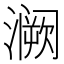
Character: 𫞝